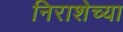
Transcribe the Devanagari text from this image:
निराशेच्या